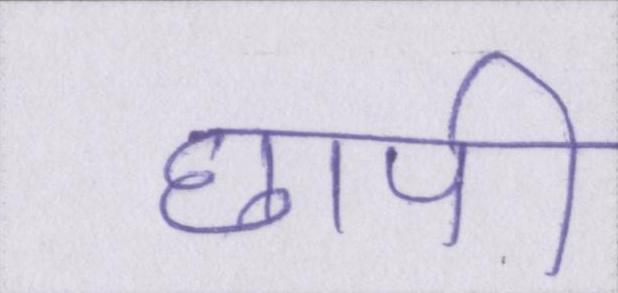
छापी